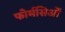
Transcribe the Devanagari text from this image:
फोर्मसिओं